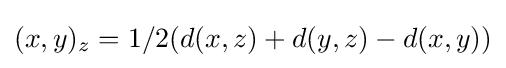
(x,y)_{z}=1/2(d(x,z)+d(y,z)-d(x,y))